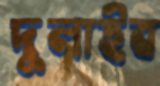
দুলাইব